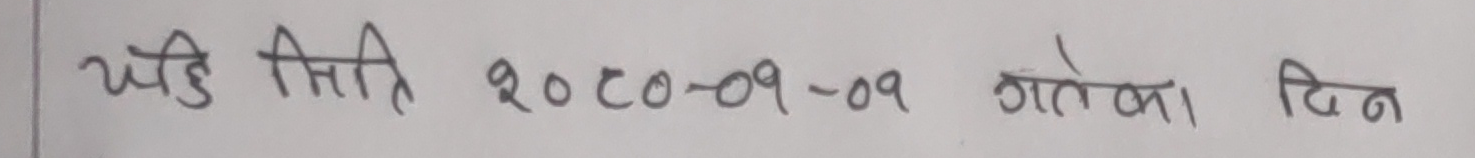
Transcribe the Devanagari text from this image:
यदि मिति 2020-09-09 गतेको दिन